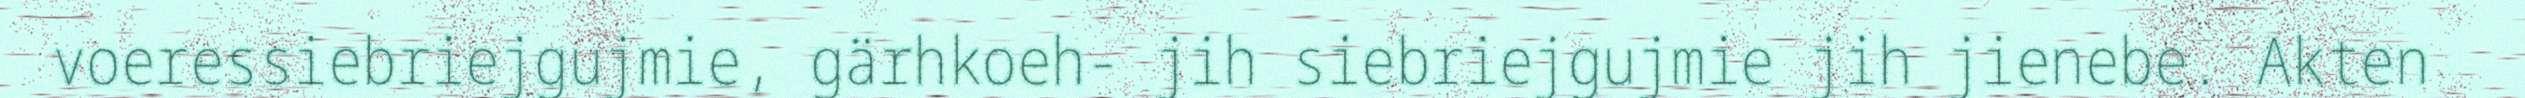
voeressiebriejgujmie, gärhkoeh- jih siebriejgujmie jih jienebe. Akten